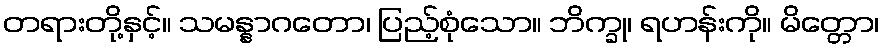
တရားတို့နှင့်။ သမန္နာဂတော၊ ပြည့်စုံသော။ ဘိက္ခု၊ ရဟန်းကို။ မိတ္တော၊